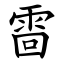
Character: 䨓